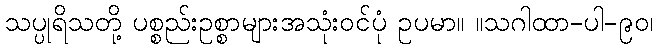
သပ္ပုရိသတို့ ပစ္စည်းဥစ္စာများအသုံးဝင်ပုံ ဥပမာ။ ။သဂါထာ-ပါ-၉၀၊